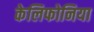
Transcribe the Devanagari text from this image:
केलिफोनिया